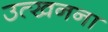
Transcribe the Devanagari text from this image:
उत्खनना